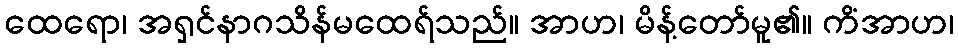
ထေရော၊ အရှင်နာဂသိန်မထေရ်သည်။ အာဟ၊ မိန့်တော်မူ၏။ ကိံအာဟ၊